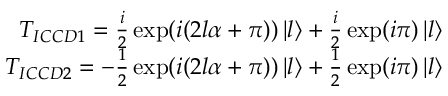
\begin{array} { r } { T _ { I C C D 1 } = \frac { i } { 2 } \exp ( i ( 2 l \alpha + \pi ) ) \left| l \right\rangle + \frac { i } { 2 } \exp ( i \pi ) \left| l \right\rangle } \\ { T _ { I C C D 2 } = - \frac { 1 } { 2 } \exp ( i ( 2 l \alpha + \pi ) ) \left| l \right\rangle + \frac { 1 } { 2 } \exp ( i \pi ) \left| l \right\rangle } \end{array}